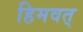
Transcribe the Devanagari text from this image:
हिमवत्